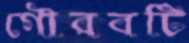
গৌরবটি